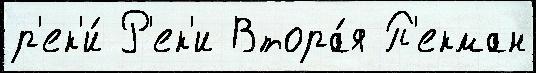
р'ек'и́ Р'ек'и Втора́я П'екман